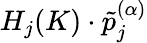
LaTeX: H_{j}(K)\cdot\tilde{p}_{j}^{(\alpha)}